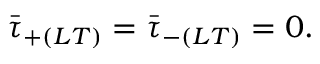
\bar { \tau } _ { + ( L T ) } = \bar { \tau } _ { - ( L T ) } = 0 .